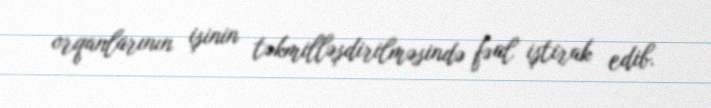
orqanlarının işinin təkmilləşdirilməsində fəal iştirak edib.